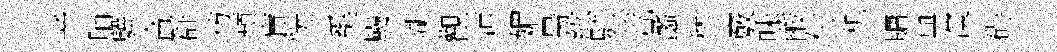
辛脯驥侖群彷蘋盲恍奚颺瑚觀沛媚昺紘駐荒蠡秫竅味酸付机牗與演碍